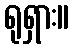
ရုရှား။